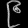
Digit: ၉